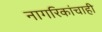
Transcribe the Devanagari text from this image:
नागरिकांचाही